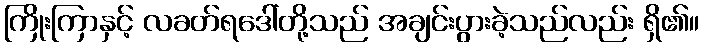
ကြိုးကြာနှင့် လခတ်ရဒေါ်တို့သည် အချင်းပွားခဲ့သည်လည်း ရှိ၏။